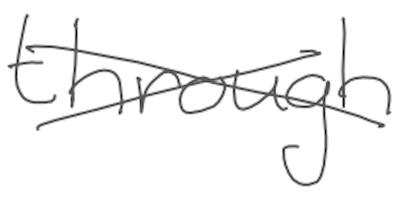
Text: through
Cross-out: cross
Writing tool: digital_gray